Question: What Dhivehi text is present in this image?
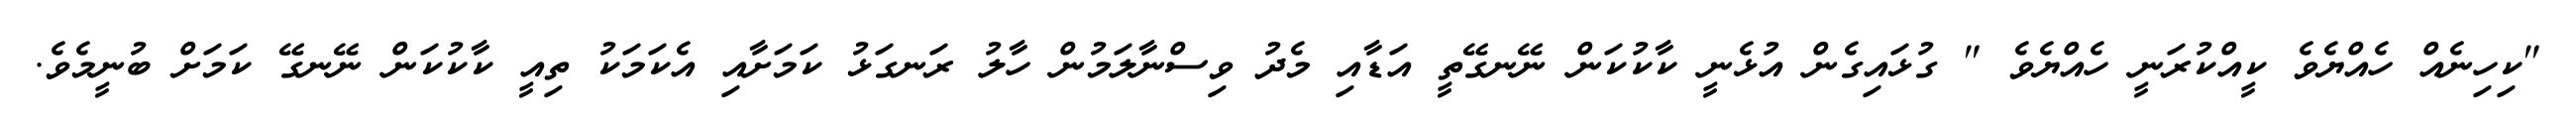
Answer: "ކިހިނެއް ހެއްޔެވެ ކީއްކުރަނީ ހެއްޔެވެ " ގުޅައިގެން އުޅެނީ ކާކުކަން ނޭނގޭތީ އަޑާއި މެދު ވިސްނާލަމުން ހާލު ރަނގަޅު ކަމަށާއި އެކަމަކު ތިއީ ކާކުކަން ނޭނގޭ ކަމަށް ބުނީމެވެ.